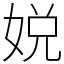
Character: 娧